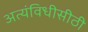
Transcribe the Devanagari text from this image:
अत्यंविधीसीठी